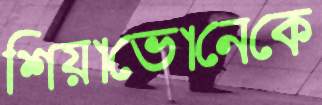
শিয়াভোনেকে